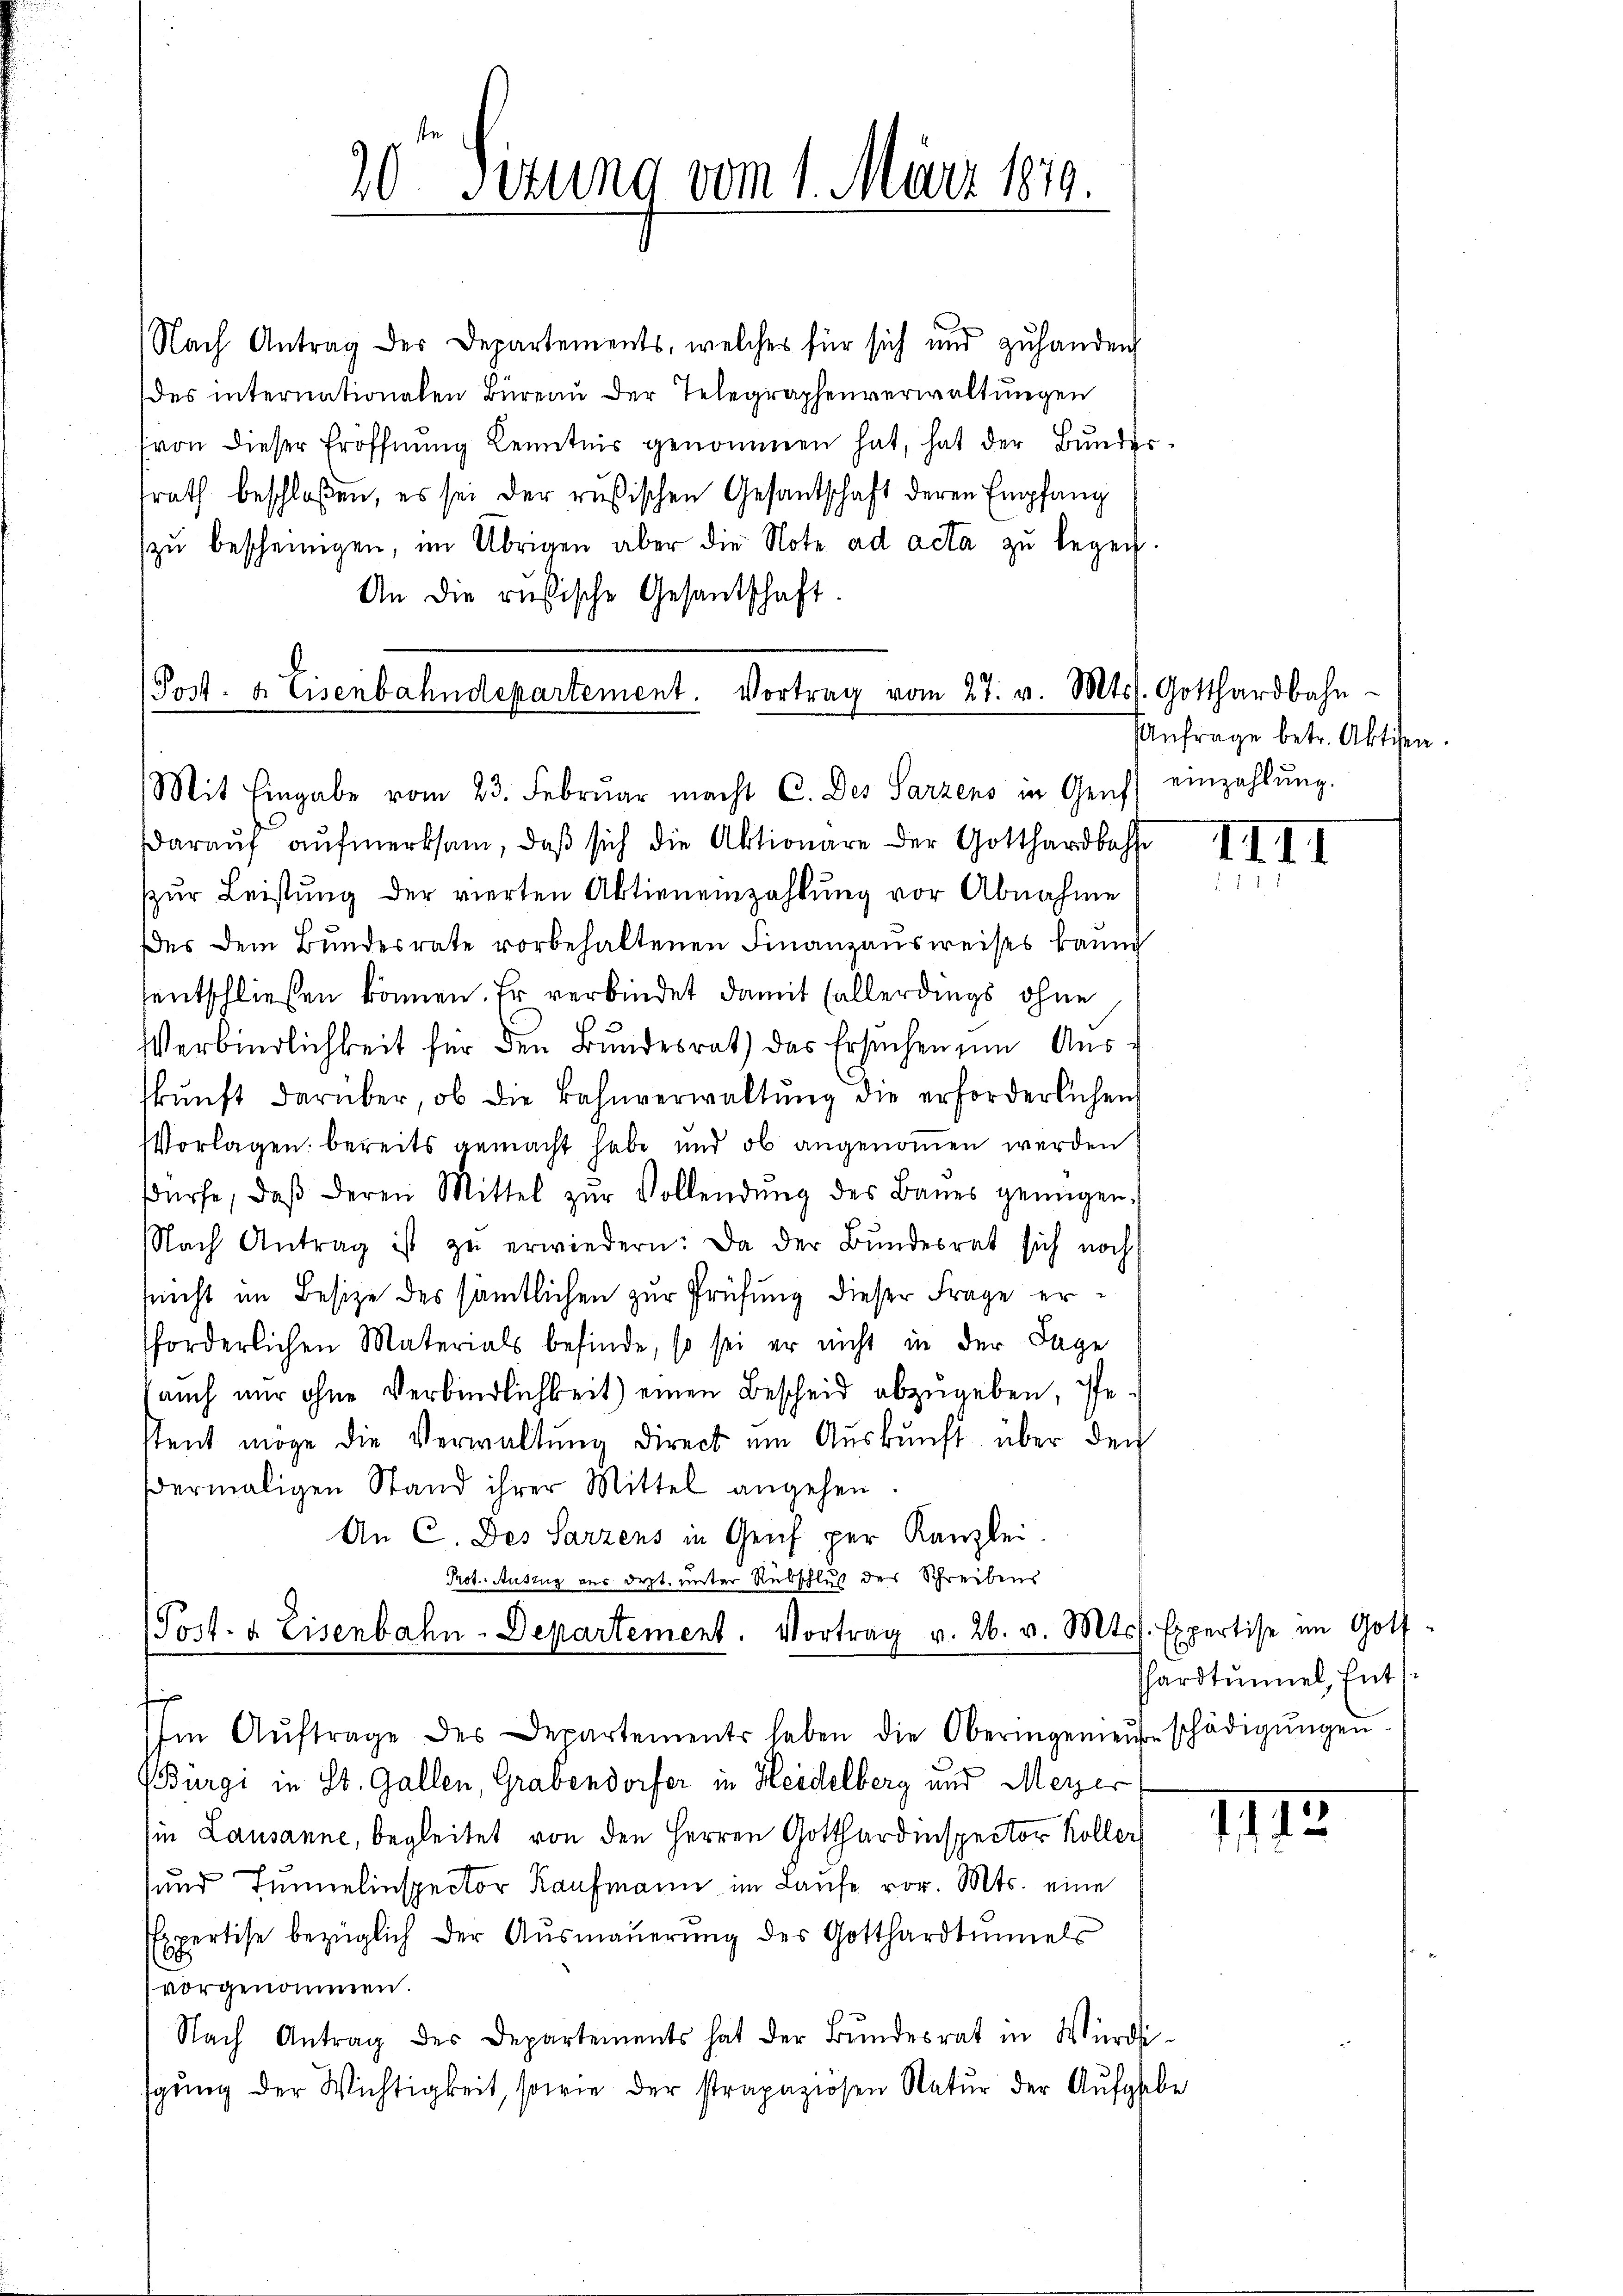
Nach Antrag des Departements, welches für sich und zuhanden
des internationalen Büreau der Telegraphenverwaltungen
(von dieser Eröffnŭng Kenntnis genommen hat, hat der Bunder-
srath beschloßen, es sei der rusischen Gesandschaft deren Empfang
zŭ bescheinigen, im Übrigen aber die Note ad acta zu legen.
An die russische Gesantschaft.

Post- & Eisenbahndepartement. Vortrag vom 27. v. Mts. Gotthardbahn-
Mit Eingabe vom 23. Februar macht C. Des Parzens in Genf einzahlŭng.

daraŭf aŭfmerksam, daβ sich die Aktionäre der Gotthardbahn
zŭr Leistŭng der vierten Abtieneinzahlŭng vor Abnahme
Des dem Bŭndesrate vorbehaltenen Finanzausweises kann
sentschließen können. Er verbindet damit Fallerdings ohne
Verbindlichkeit für den Bundesrath das Ersuchen zum Ausskŭnft darüber, ob die Bahnverwaltŭng die erforderlichen
Vorlagen: bereits gemacht habe und ob angenommen werden
dürfe, daβ deren Mittel zŭr Vollendŭng des Baŭes genügen.
NNach Antrag ist zŭ erwiedern: Da der Bŭndesrat sich noch
nnicht im Besize des sämtlichen zur Prüfung dieser Frage erforderlichen Materials befinde, so sei er nicht in der Tage
(auch nur ohne Verbindlichkeit) einen Bescheid abzugeben, Pestent möge die Verwaltung direct um Auskunft über den
ermaligen Stand ihrer Mittel angehen.
An C. Des Sarzens in Genf per Kanzlei.
Prot. Auszug aus dept. unter Rübschluß der Schreibens
(Post. a. Eisenbahn-Departement. Vortrag v. 26. v. Mts. Expertise im Gott
f
Im Aŭftrage des Departements haben die Oberingemeŭtschädigŭngen
(Burgi in St. Gallen, Grabendorfer in Heidelberg und Meyer
sine Lausanne, begleitet von den Herren Gotthardinspector Koller
und Tunnelinspector Kaufmann im Laufe vor. Mts. eine
EExpertise bezüglich der Aŭsmaŭerŭng des Gotthardtmmels
vorgenommen.
Nach Antrag des Departements hat der Bŭndesrat in Würdi
gŭng der Wichtigkeit, sowie der strapaziosen Natur der Aufgeb

20 Sizung vom 1. März 1879.

Anfrage betr. Aktien.

e

IIII

hardtunnel, Ents

113.